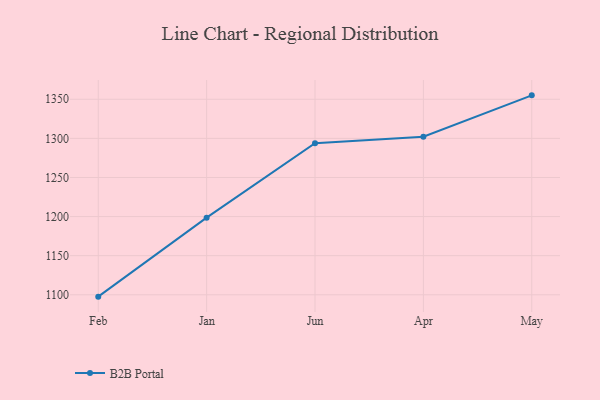
{"axis": {"x": "Month", "y": "Churn Rate (%)"}, "legend": ["B2B Portal"], "data": [{"x": "Feb", "y": 1097.6, "type": "B2B Portal"}, {"x": "Jan", "y": 1198.6, "type": "B2B Portal"}, {"x": "Jun", "y": 1293.7, "type": "B2B Portal"}, {"x": "Apr", "y": 1302.1, "type": "B2B Portal"}, {"x": "May", "y": 1355.0, "type": "B2B Portal"}]}